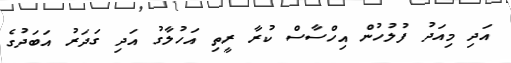
އަދި މިއަދު ފުލުހުން އިހްސާސް ކުރާ ރީތި އަހުލާގު އަދި ގަދަރު އަބަދުގެ